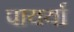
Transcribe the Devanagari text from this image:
पायर्या